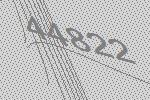
44822